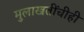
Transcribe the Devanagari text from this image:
मुलाखतींचीही